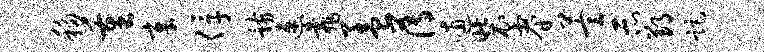
移重章俘骸速靠盖薄逋装睿萱示郢距